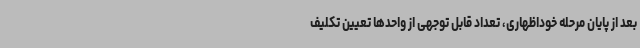
بعد از پایان مرحله خوداظهاری، تعداد قابل توجهی از واحدها تعیین تکلیف